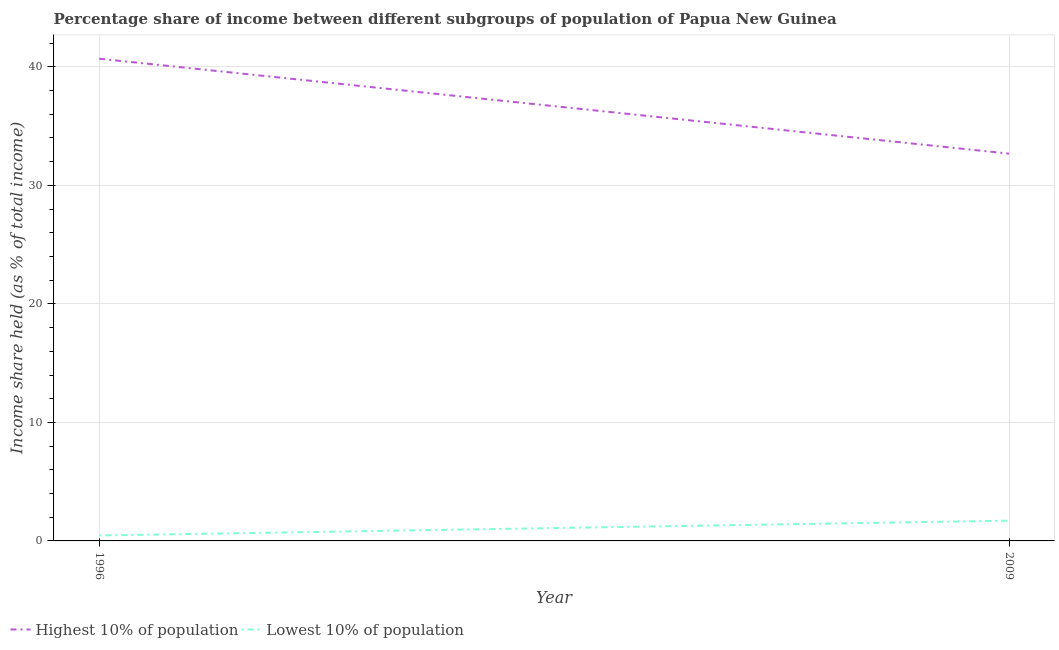
| Year | Highest 10% of population | Lowest 10% of population |
 | --- | --- | --- |
 | 1996 | 40.7 | 0.46 |
 | 2009 | 32.7 | 1.71 |